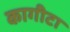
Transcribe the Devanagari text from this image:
कागीटा